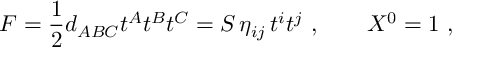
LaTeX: F = { \frac { 1 } { 2 } } d _ { A B C } t ^ { A } t ^ { B } t ^ { C } = S \, \eta _ { i j } \, t ^ { i } t ^ { j } \ , \qquad X ^ { 0 } = 1 \ ,